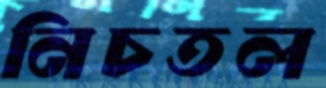
নিচতল